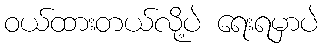
ဝယ်ထားတယ်လို့ပဲ ရေးရမှာပဲ